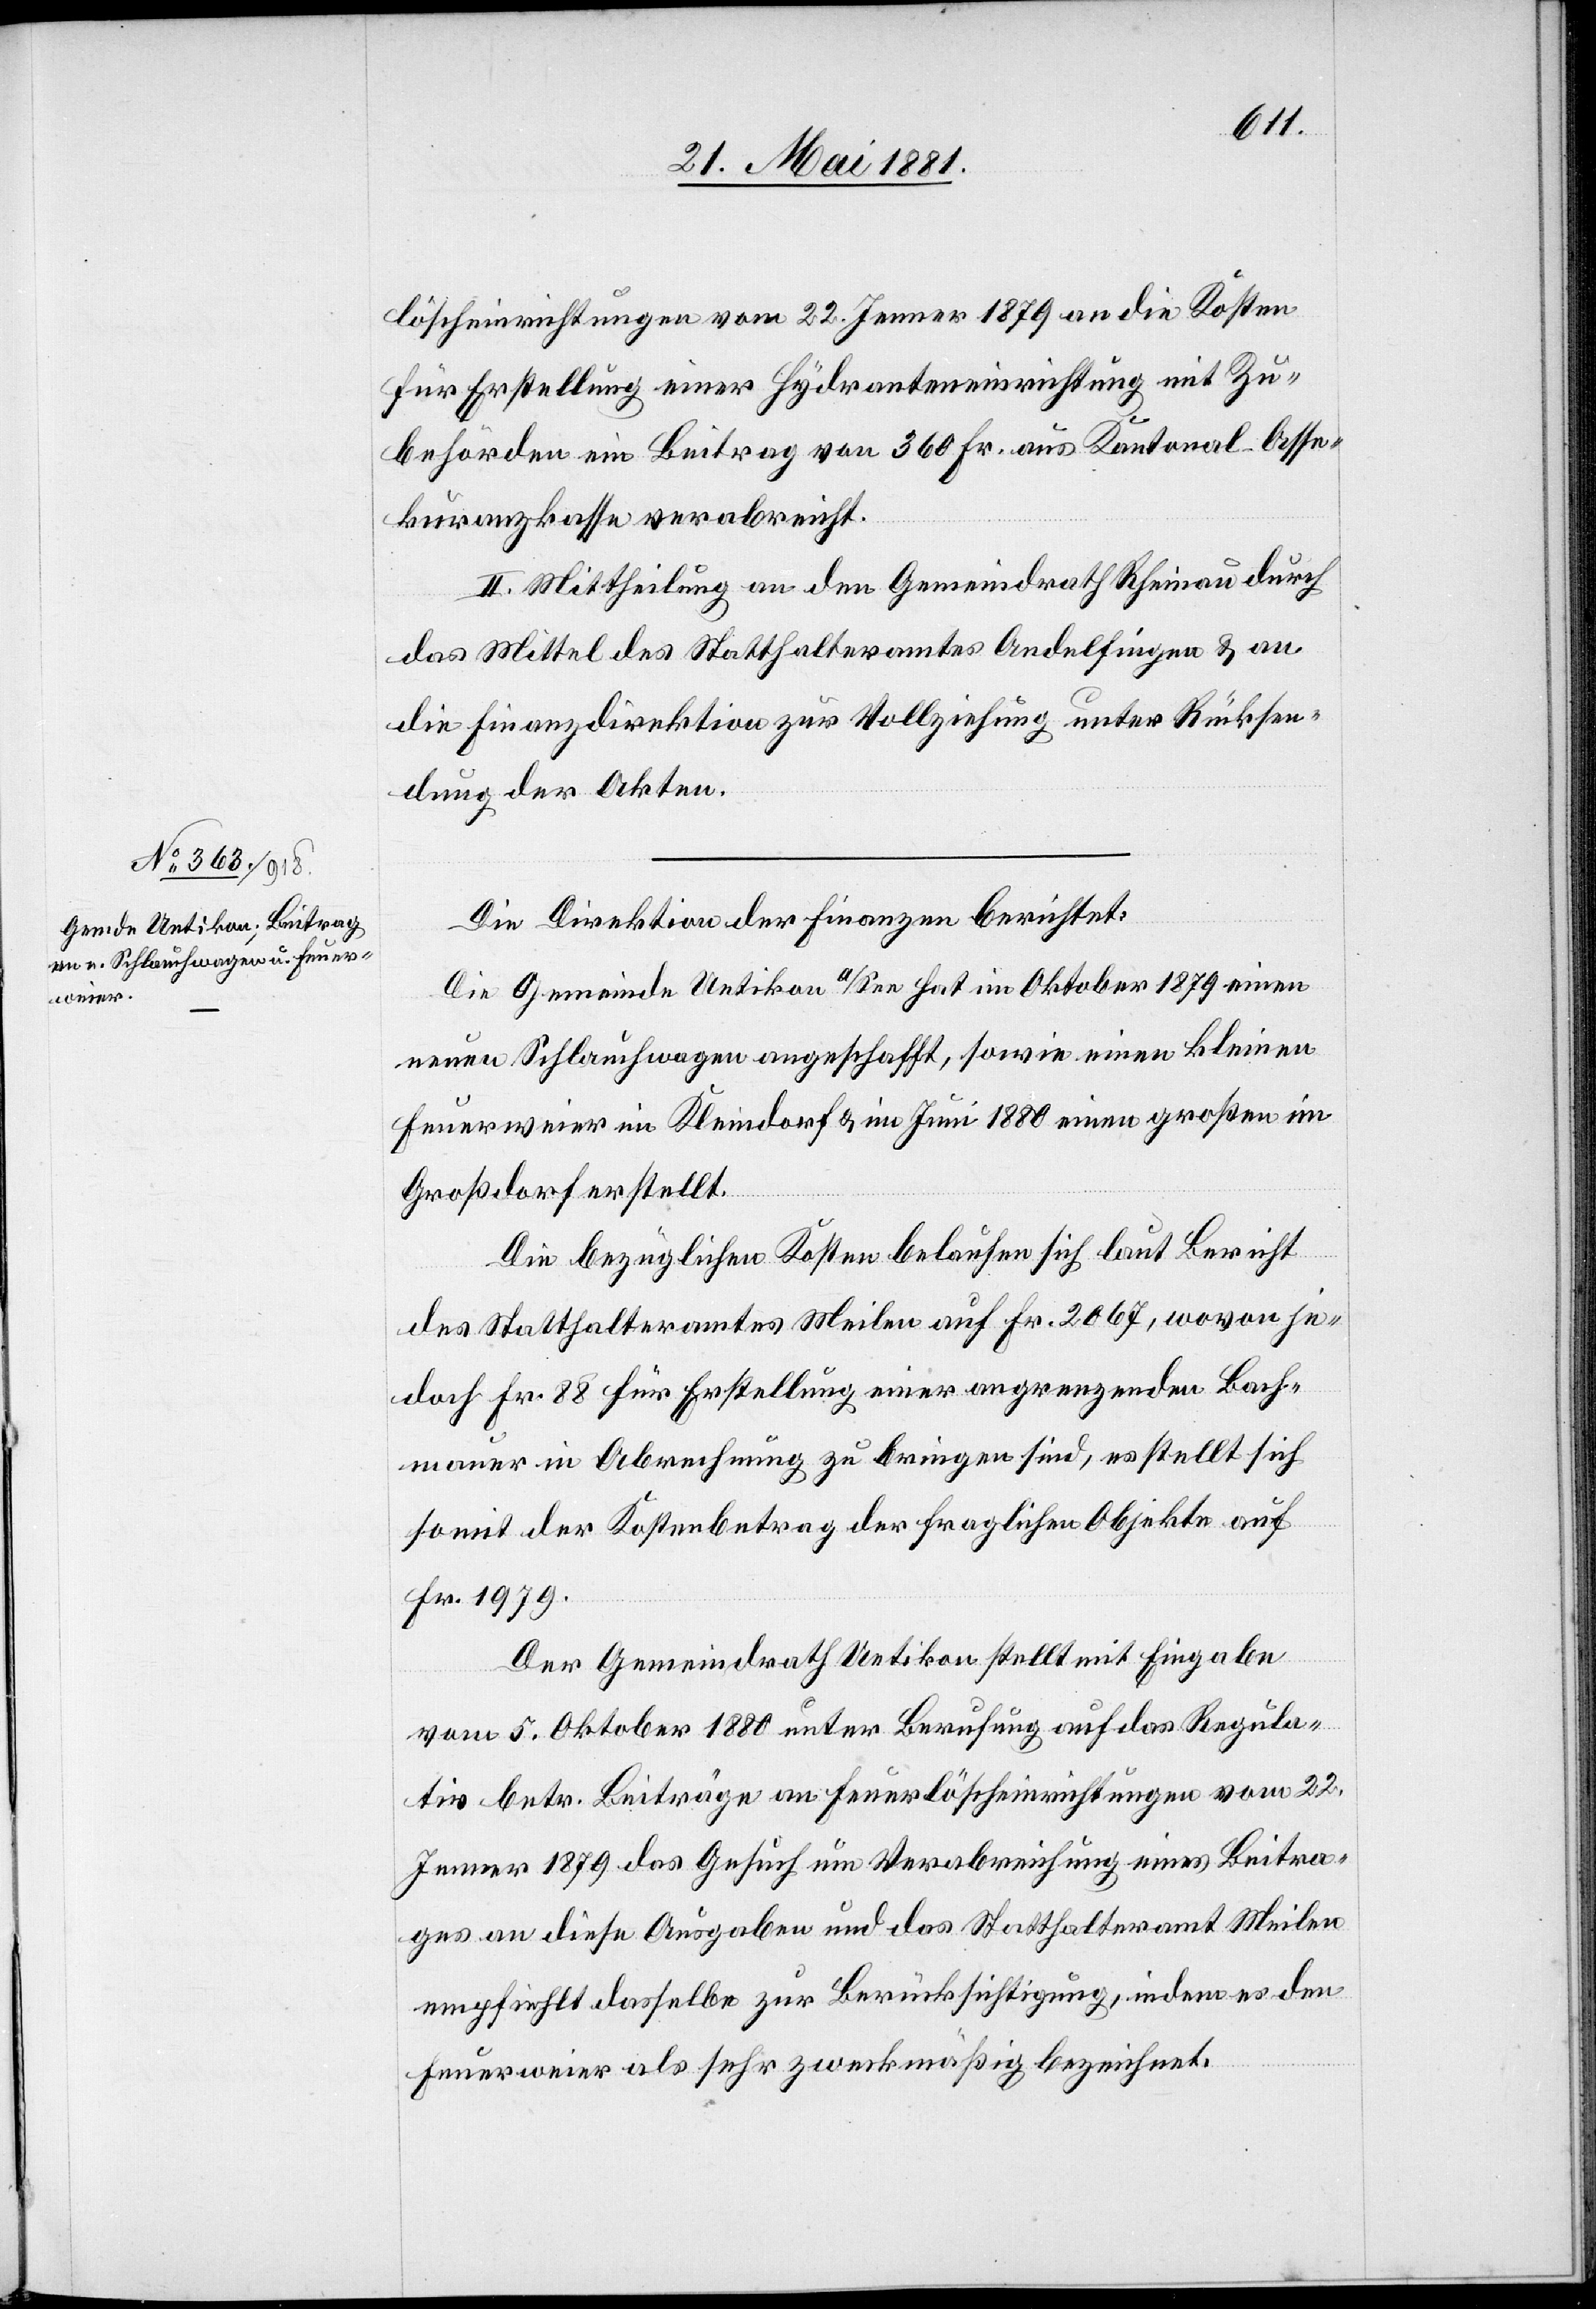
löscheinrichtungen vom 22. Jenner 1879 an die Kosten
für Erstellung einer Hydranteneinrichtung mit Zu¬
behörden ein Betrag von 360 Fr. aus [der] Kantonal-Asse¬
kuranzkasse verabreicht.
II. Mittheilung an den Gemeindrath Rheinau durch
das Mittel des Statthalteramtes Andelfingen & an
die Finanzdirektion zur Vollziehung unter Rücksen¬
dung der Akten.
Die Direktion der Finanzen berichtet:
Die Gemeinde Uetikon a/See hat im Oktober 1879 einen
neuen Schlauchwagen angeschafft, sowie einen kleinen
Feuerweier im Kleindorf & im Juni 1880 einen großen im
Großdorf erstellt.
Die bezüglichen Kosten belaufen sich laut Bericht
des Statthalteramtes Meilen auf Fr. 2067, wovon je¬
doch Fr. 88 für Erstellung einer angrenzenden Bach¬
mauer in Abrechnung zu bringen sind, erstellt sich
somit der Kostenbetrag der fraglichen Objekte auf
Fr. 1979.
Der Gemeindrath Uetikon stellt mit Eingabe
vom 5. Oktober 1880 unter Berufung auf das Regula¬
tiv betr. Beiträge an Feuerlöscheinrichtungen vom 22.
Jenner 1879 das Gesuch um Verabreichung eines Beitra¬
ges an diese Ausgaben und das Statthalteramt Meilen
empfiehlt dasselbe zur Berücksichtigung, indem es den
Feuerweier als sehr zweckmäßig bezeichnet.